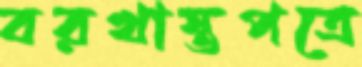
বরখাস্তপত্রে